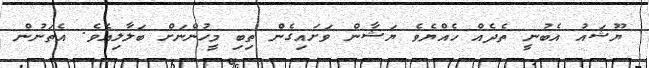
ޔޫޝައު އެބުނީ ތެދެއް ހެއްޔެވެ ޔަޝާން ވަށައިގެން ތިބި މީހުންނަށް ބަލާލިއެވެ. އެތަނުން